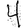
Digit: 4